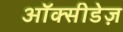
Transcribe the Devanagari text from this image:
ऑक्सीडेज़